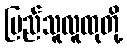
ပြည်သူလူထုတို့